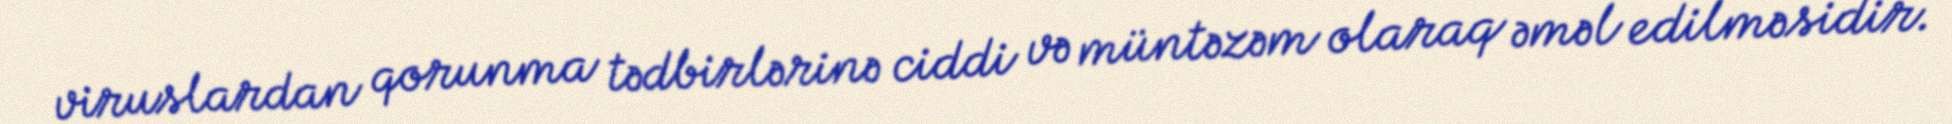
viruslardan qorunma tədbirlərinə ciddi və müntəzəm olaraq əməl edilməsidir.